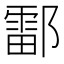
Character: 𫑪